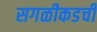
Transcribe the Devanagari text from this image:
सगळीकडची